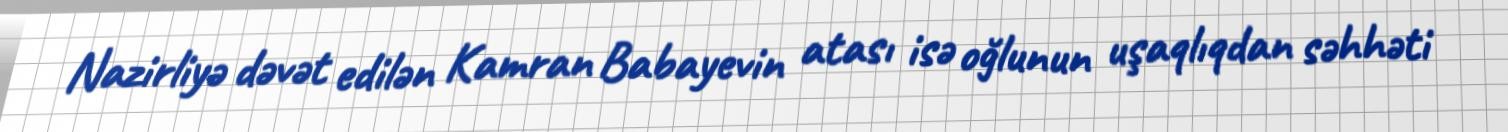
Nazirliyə dəvət edilən Kamran Babayevin atası isə oğlunun uşaqlıqdan səhhəti